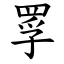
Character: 罦